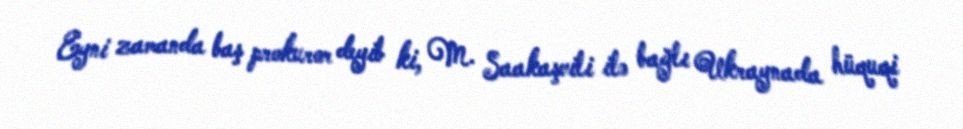
Eyni zamanda baş prokuror deyib ki, M. Saakaşvili ilə bağlı Ukraynada hüquqi